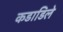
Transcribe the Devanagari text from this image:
कडाडिले